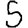
Digit: 5